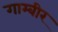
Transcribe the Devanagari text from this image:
गाम्बीर